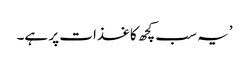
’یہ سب کچھ کاغذات پر ہے۔